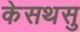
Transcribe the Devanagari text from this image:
केसथसु